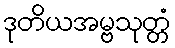
ဒုတိယအမ္ဗသုတ္တံ